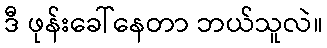
ဒီ ဖုန်းခေါ်နေတာ ဘယ်သူလဲ။